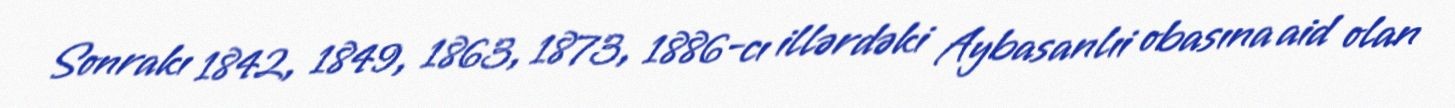
Sonrakı 1842, 1849, 1863, 1873, 1886-cı illərdəki Aybasanlıi obasına aid olan